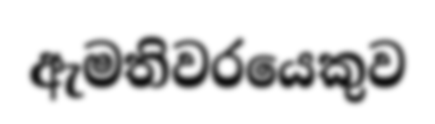
ඇමතිවරයෙකුව